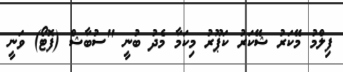
ފިލްމު މޭކަރު ޝޭކަރު ކަޕޫރު މިކަމާ މެދު ބުނީ "ސުބާޝް (ފޮޓޯ) ވަނީ